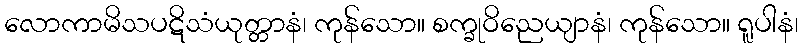
လောကာမိသပဋိသံယုတ္တာနံ၊ ကုန်သော။ စက္ခုဝိညေယျာနံ၊ ကုန်သော။ ရူပါနံ၊